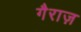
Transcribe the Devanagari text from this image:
गैराज़